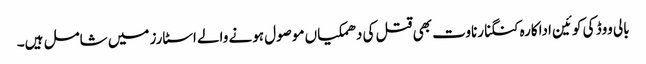
بالی ووڈ کی کوئین اداکارہ کنگنا رناوت بھی قتل کی دھمکیاں موصول ہونے والے اسٹارز میں شامل ہیں۔